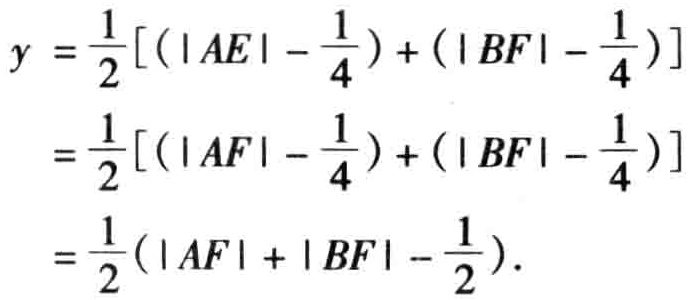
\[
\begin{align*}
y&=\frac{1}{2}\left[\left(|AE| - \frac{1}{4}\right)+\left(|BF| - \frac{1}{4}\right)\right]\\
&=\frac{1}{2}\left[\left(|AF| - \frac{1}{4}\right)+\left(|BF| - \frac{1}{4}\right)\right]\\
&=\frac{1}{2}\left(|AF|+|BF| - \frac{1}{2}\right).
\end{align*}
\]